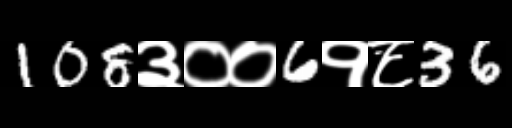
Text: 108३००6१८36